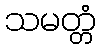
သမတ္တံ